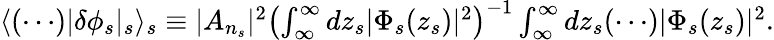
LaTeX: \begin{array}{r}{\langle(\cdots)\lvert\delta\phi_{s}\rvert_{s}\rangle_{s}\equiv\lvert A_{n_{s}}\rvert^{2}\left(\int_{\infty}^{\infty}dz_{s}\lvert\Phi_{s}(z_{s})\rvert^{2}\right)^{-1}\int_{\infty}^{\infty}dz_{s}(\cdots)\lvert\Phi_{s}(z_{s})\rvert^{2}.}\end{array}